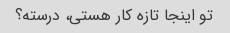
تو اینجا تازه کار هستی، درسته؟